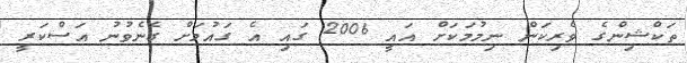
ތަކްޝިންގެ ވެރިކަން ނިމުމަކަށް އައީ 2006 ގައި އެ ގައުމަށް ގެނެވުނު އަސްކަރީ